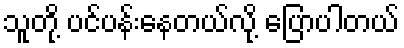
သူတို့ ပင်ပန်းနေတယ်လို့ ပြောပါတယ်